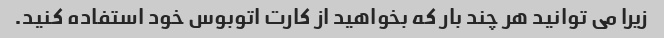
زیرا می توانید هر چند بار که بخواهید از کارت اتوبوس خود استفاده کنید.